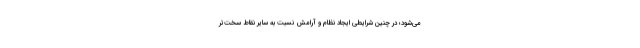
می‌شود؛ در چنین شرایطی ایجاد نظام و آرامش نسبت به سایر نقاط سخت‌تر